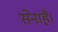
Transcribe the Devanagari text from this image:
सेनाहै।